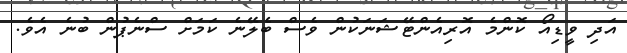
އަދި ވީޑިއޯ ކޮންމެ އޮރިއެންޓޭޝަަނަކުން ވެސް ބެލޭނެ ކަމަށް ސްނެޕުން ބުނެ އެވެ.